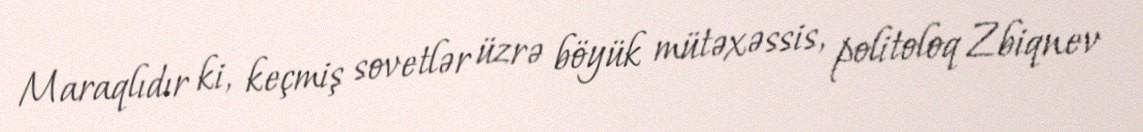
Maraqlıdır ki, keçmiş sovetlər üzrə böyük mütəxəssis, politoloq Zbiqnev